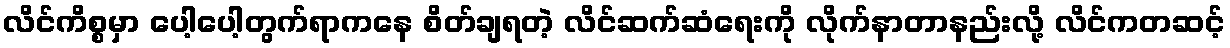
လိင်ကိစ္စမှာ ပေါ့ပေါ့တွက်ရာကနေ စိတ်ချရတဲ့ လိင်ဆက်ဆံရေးကို လိုက်နာတာနည်းလို့ လိင်ကတဆင့်